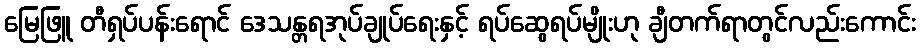
မြေဖြူ တီရှပ်ပန်းရောင် ဒေသန္တရအုပ်ချုပ်ရေးနှင့် ရပ်ဆွေရပ်မျိုးဟု ချီတက်ရာတွင်လည်းကောင်း